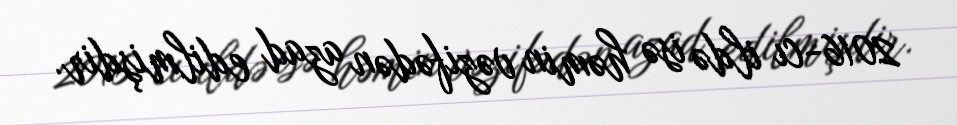
2016-cı ildə isə həmin vəzifədən azad edilmişdir.